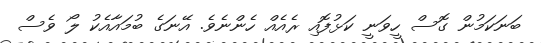
ބަނަކަމުން ގޮސް ހީވަނީ ކަޅުފޮއި ރެއެއް ހެންނެވެ. އޭނަގެ ބުމައާއެކު ލޯ ވެސް